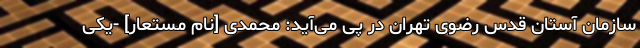
سازمان آستان قدس رضوی تهران در پی می‌آید: محمدی [نام مستعار] -یکی